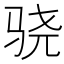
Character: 骁